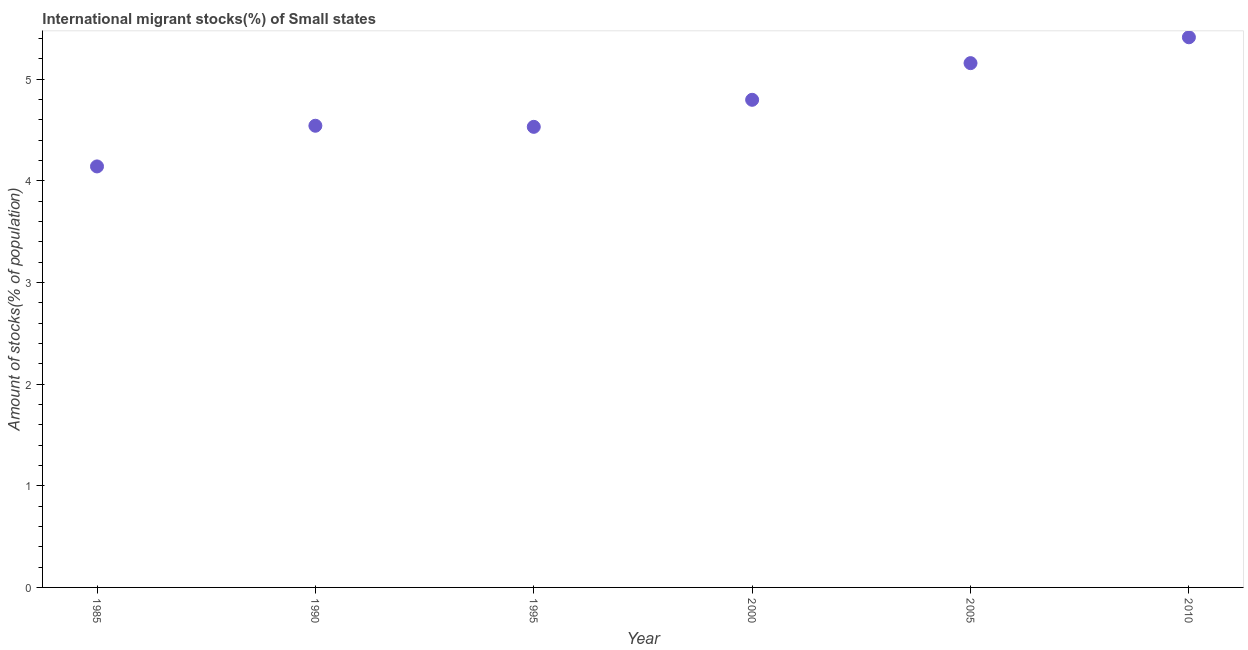
| Year | International migrant stock |
 | --- | --- |
 | 1985 | 4.14 |
 | 1990 | 4.54 |
 | 1995 | 4.53 |
 | 2000 | 4.8 |
 | 2005 | 5.16 |
 | 2010 | 5.41 |